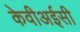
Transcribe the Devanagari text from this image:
केवीअईसी